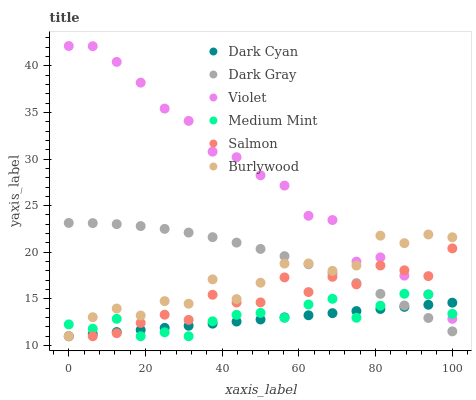
| xaxis_label | Dark Cyan | Dark Gray | Violet | Medium Mint | Salmon | Burlywood |
 | --- | --- | --- | --- | --- | --- | --- |
 | 0 | 11 | 23.2 | 42.1 | 12.3 | 11 | 11 |
 | 6.25 | 11.2 | 23.1 | 42.1 | 11.8 | 11 | 13 |
 | 12.5 | 11.4 | 23 | 40.4 | 12.9 | 11.3 | 14 |
 | 18.8 | 11.7 | 22.8 | 38.2 | 11 | 12.4 | 13.2 |
 | 25 | 11.9 | 22.5 | 35.4 | 11.4 | 13.3 | 14.8 |
 | 31.2 | 12.1 | 22.1 | 34.1 | 11 | 12.8 | 14.5 |
 | 37.5 | 12.3 | 21.6 | 30.8 | 12.6 | 15.4 | 17.1 |
 | 43.8 | 12.6 | 21 | 30.2 | 13.3 | 14.6 | 15 |
 | 50 | 12.8 | 20.4 | 28.3 | 13.5 | 14.6 | 16.7 |
 | 56.2 | 13 | 19.6 | 27.2 | 13 | 17.3 | 18.8 |
 | 62.5 | 13.2 | 18.7 | 23.9 | 14.4 | 15.7 | 18.8 |
 | 68.8 | 13.5 | 17.8 | 23.5 | 15 | 17.4 | 18 |
 | 75 | 13.7 | 16.7 | 19 | 13 | 16.6 | 18.6 |
 | 81.2 | 13.9 | 15.5 | 19.5 | 14.3 | 18.6 | 21.8 |
 | 87.5 | 14.1 | 14.3 | 17.5 | 15.6 | 18.1 | 21 |
 | 93.8 | 14.4 | 13 | 15.5 | 15.5 | 17.4 | 21.9 |
 | 100 | 14.6 | 11.5 | 12.9 | 13.4 | 20.4 | 21.6 |